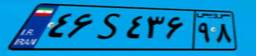
۴۶S۴۳۶۹۸